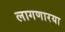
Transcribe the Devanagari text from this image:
लागणारया